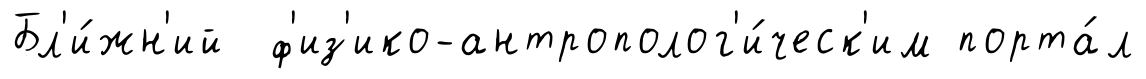
Бл'и́жн'ий ф'из'ико-антрополог'и́ческ'им порта́л